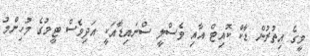
މީގެ އިތުރުން ޑާކް ކޮއިޓް އާއި ވެސްލީ ސްނައިޑާއަކީ އަދިވެސް ޓީމުގެ މުހިންމު